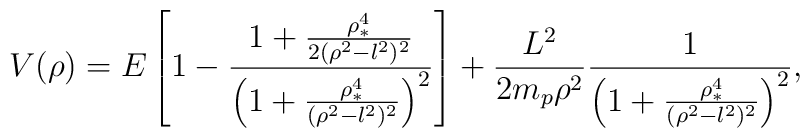
V(\rho)=E\left [1 - \frac{1 +\frac{\rho_* ^4}{2 (\rho^2-l^2)^2}}        {\left (1+\frac{\rho_*^4}{(\rho^2-l^2)^2}	 \right )^2} \right ] 	+ \frac{L^2}{2m_p\rho ^2}\frac{1}{\left (1+\frac{\rho_*^4}	{(\rho^2-l^2)^2}\right)^2 },